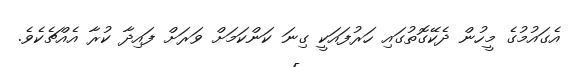
އެގައުމުގެ މީހުން ދެކޭގޮތުގައި ހަރުފައަކީ ގިނަ ކަންކަމަށް ވަރަށް ފައިދާ ކުރާ އެއްޗެކެވެ.